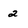
Character: 2